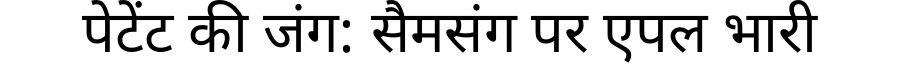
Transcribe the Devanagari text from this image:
पेटेंट की जंग: सैमसंग पर एपल भारी